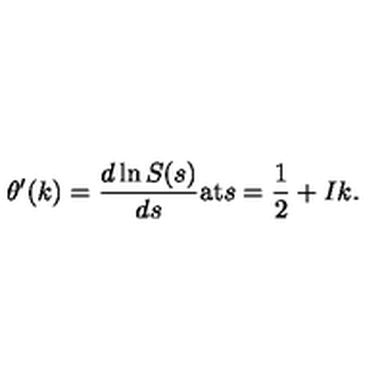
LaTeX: \theta ^ { \prime } ( k ) = \frac { d \ln S ( s ) } { d s } \mathrm { a t } s = \frac { 1 } { 2 } + I k .